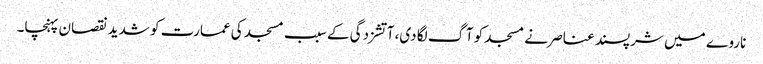
ناروے میں شرپسند عناصر نے مسجد کو آگ لگا دی، آتشزدگی کے سبب مسجد کی عمارت کو شدید نقصان پہنچا۔